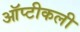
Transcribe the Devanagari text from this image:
ऑप्टीकली